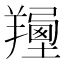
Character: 𦏍